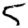
Digit: 5